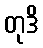
တုဒိ